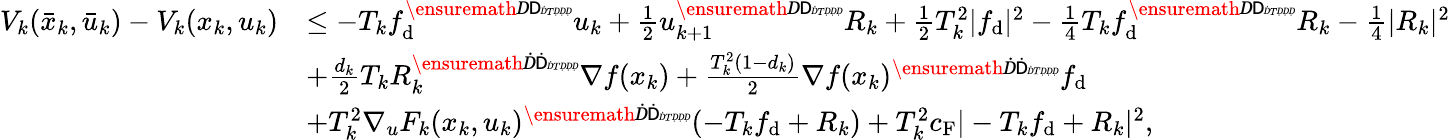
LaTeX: \begin{array}{rl}{V_{k}(\bar{x}_{k},\bar{u}_{k})-V_{k}(x_{k},u_{k})}&{\leq-T_{k}f_{\mathrm{d}}^{\ensuremath Ḋ\mathsf Ḋ\tiny ḊTḌḌḌ}u_{k}+\frac{1}{2}u_{k+1}^{\ensuremath Ḋ\mathsf Ḋ\tiny ḊTḌḌḌ}R_{k}+\frac{1}{2}T_{k}^{2}|f_{\mathrm{d}}|^{2}-\frac{1}{4}T_{k}f_{\mathrm{d}}^{\ensuremath Ḋ\mathsf Ḋ\tiny ḊTḌḌḌ}R_{k}-\frac{1}{4}|R_{k}|^{2}}\\ &{+\frac{d_{k}}{2}T_{k}R_{k}^{\ensuremath Ḋ\mathsf Ḋ\tiny ḊTḌḌḌ}\nabla f(x_{k})+\frac{T_{k}^{2}(1-d_{k})}{2}\nabla f(x_{k})^{\ensuremath Ḋ\mathsf Ḋ\tiny ḊTḌḌḌ}f_{\mathrm{d}}}\\ &{+T_{k}^{2}\nabla_{u}F_{k}(x_{k},u_{k})^{\ensuremath Ḋ\mathsf Ḋ\tiny ḊTḌḌḌ}(-T_{k}f_{\mathrm{d}}+R_{k})+T_{k}^{2}c_{\mathrm{F}}|-T_{k}f_{\mathrm{d}}+R_{k}|^{2},}\end{array}